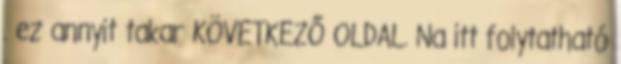
. ez annyit takar KÖVETKEZŐ OLDAL. Na itt folytatható